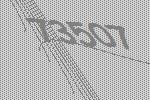
73507